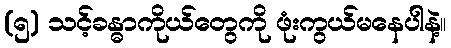
(၅) သင့်ခန္ဓာကိုယ်တွေကို ဖုံးကွယ်မနေပါနဲ့။